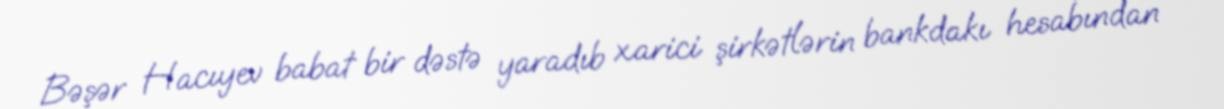
Bəşər Hacıyev babat bir dəstə yaradıb xarici şirkətlərin bankdakı hesabından